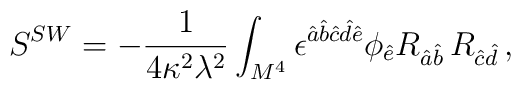
S^{SW}=-\frac{1}{4\kappa^2 \lambda^2}\int_{M^4}\epsilon^{\hat{a}\hat{b}\hat{c}\hat{d}\hat{e}}\phi_{\hat{e}} R_{\hat{a}\hat{b}}\,R_{\hat{c}\hat{d}}\,,